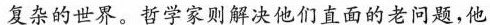
复杂的世界。哲学家则解决他们直面的老问题，他